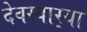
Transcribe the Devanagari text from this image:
देवस्वार्‍या